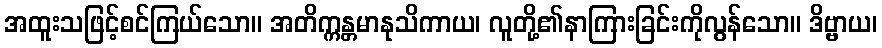
အထူးသဖြင့်စင်ကြယ်သော။ အတိက္ကန္တမာနုသိကာယ၊ လူတို့၏နာကြားခြင်းကိုလွန်သော။ ဒိဗ္ဗာယ၊